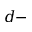
d -